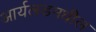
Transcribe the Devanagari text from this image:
आर्यलडमधील